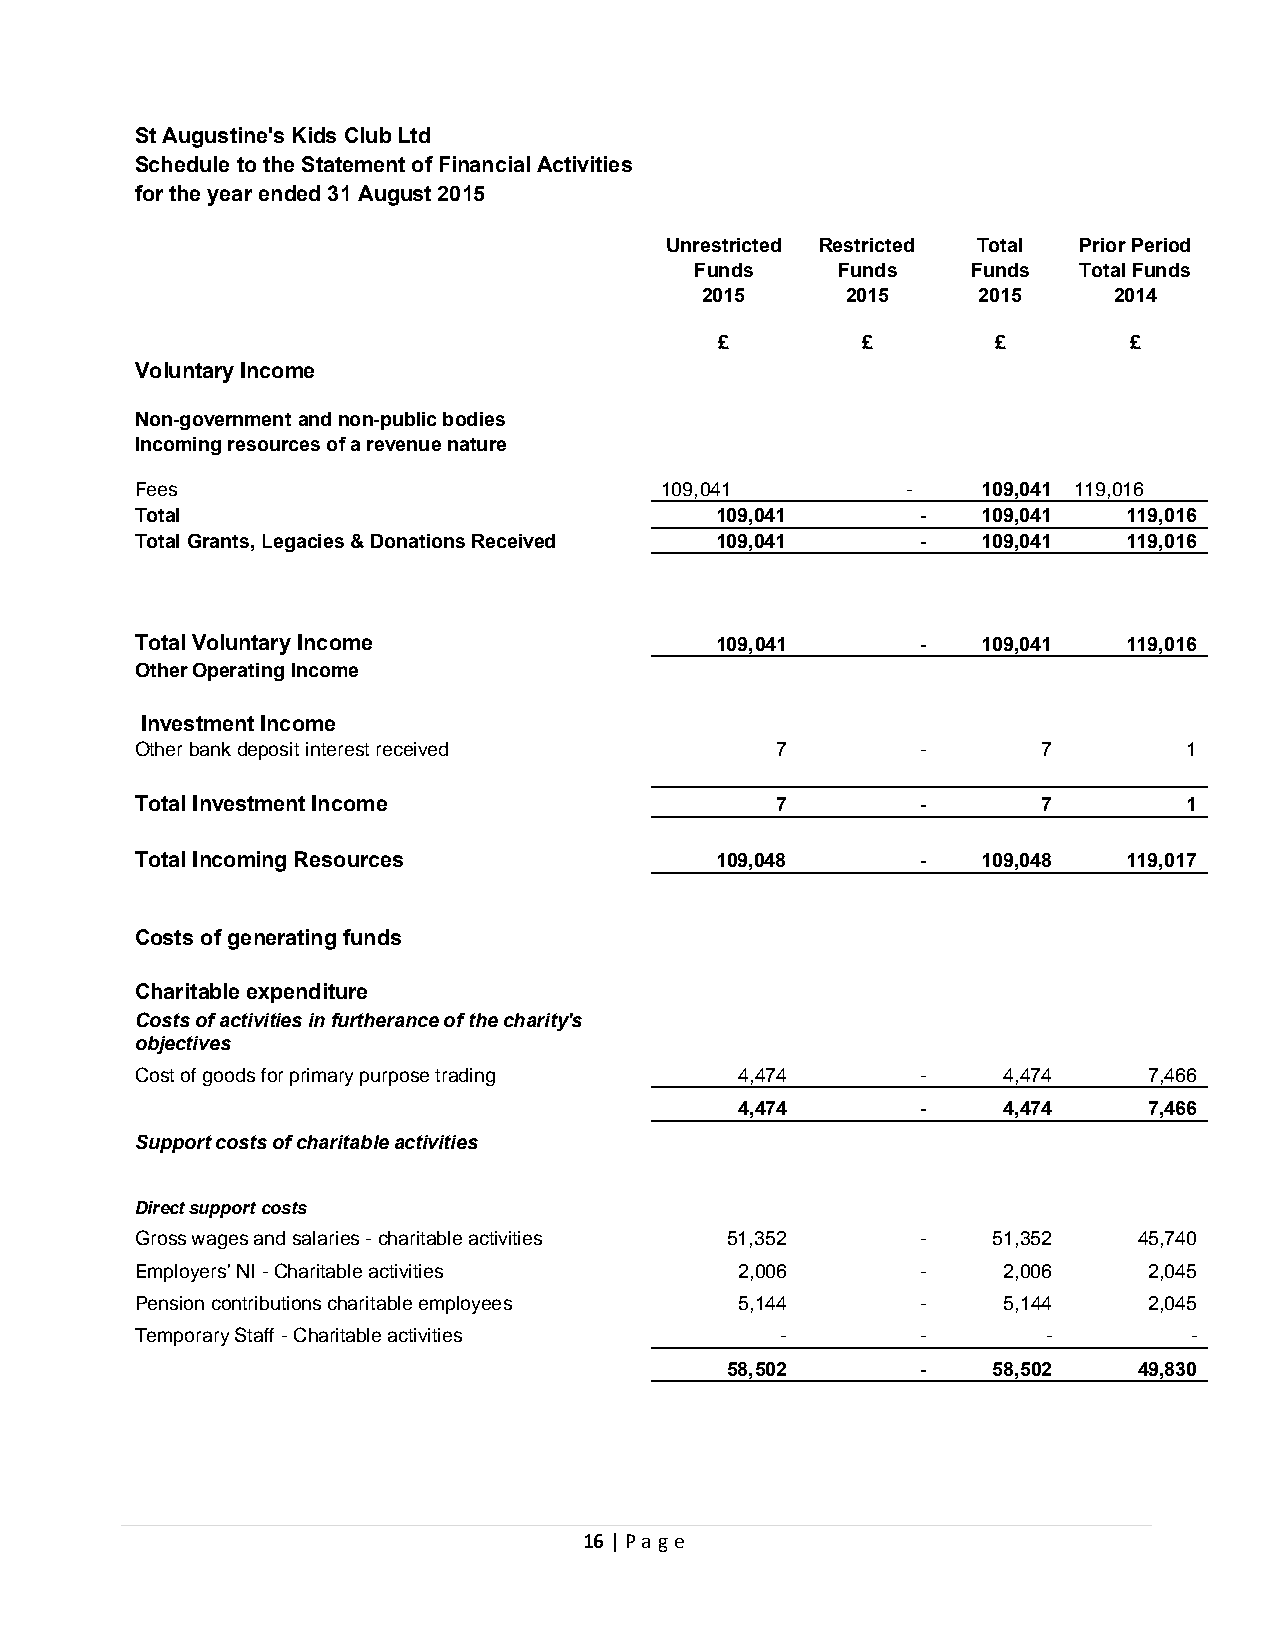
St Augustine's Kids Club Ltd
 Schedule to the Statement of Financial Activities
 for the year ended 31 August 2015
 Unrestricted Restricted Total Prior Period
 Funds    Funds    Funds  Total Funds
 2015      2015     2015     2014
 £        £        £        £
 Voluntary Income
 Non-government and non-public bodies
 Incoming resources of a revenue nature
 Fees                               109,041         -    109,041 119,016
 Total                                 109,041       -   109,041   119,016
 Total Grants, Legacies & Donations Received 109,041 -   109,041   119,016
 Total Voluntary Income                109,041       -   109,041   119,016
 Other Operating Income
 Investment Income
 Other bank deposit interest received      7         -       7         1
 Total Investment Income                   7         -       7         1
 Total Incoming Resources              109,048       -   109,048   119,017
 Costs of generating funds
 Charitable expenditure
 Costs of activities in furtherance of the charity's
 objectives
 Cost of goods for primary purpose trading 4,474     -    4,474     7,466
 4,474       -    4,474     7,466
 Support costs of charitable activities
 Direct support costs
 Gross wages and salaries - charitable activities 51,352 - 51,352  45,740
 Employers' NI - Charitable activities   2,006       -    2,006     2,045
 Pension contributions charitable employees 5,144    -    5,144     2,045
 Temporary Staff - Charitable activities    -        -       -         -
 58,502       -    58,502   49,830
 16 | Page